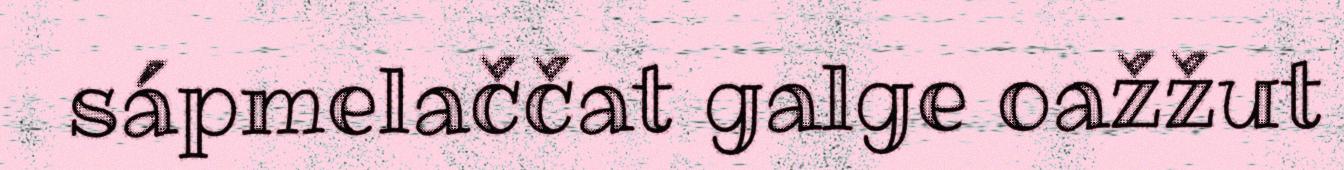
sápmelaččat galge oažžut